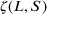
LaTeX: \zeta ( L , S )